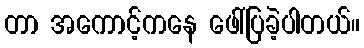
တာ အကောင့်ကနေ ဖေါ်ပြခဲ့ပါတယ်။